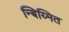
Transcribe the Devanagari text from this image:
न्बिय्मित